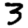
Digit: 3